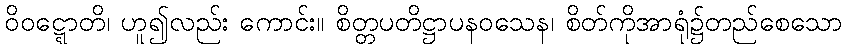
ဝိဝဋ္ဋောတိ၊ ဟူ၍လည်း ကောင်း။ စိတ္တပတိဋ္ဌာပနဝသေန၊ စိတ်ကိုအာရုံ၌တည်စေသော